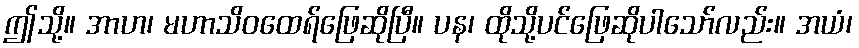
ဤသို့။ အာဟ၊ မဟာသိဝထေရ်ဖြေဆိုပြီ။ ပန၊ ထိုသို့ပင်ဖြေဆိုပါသော်လည်း။ အယံ၊